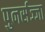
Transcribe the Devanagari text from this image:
पुनर्सज्जा